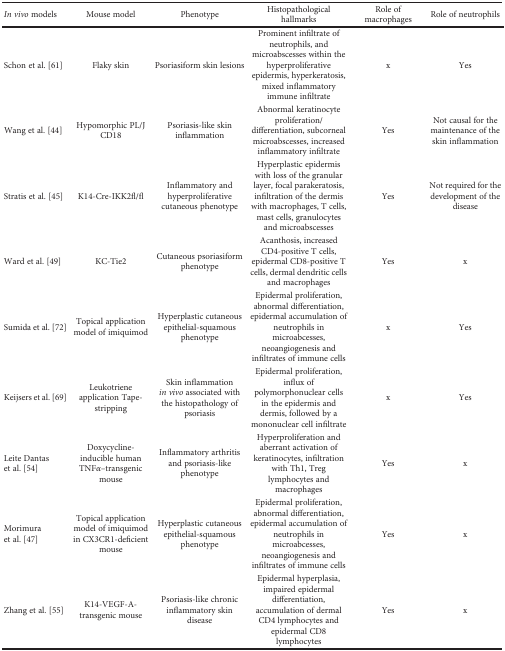
| In vivo models | Mouse model | Phenotype | Histopathological hallmarks | Role of macrophages | Role of neutrophils |
 | --- | --- | --- | --- | --- | --- |
 | Schon et al. [61] | Flaky skin | Psoriasiform skin lesions | Prominent infiltrate of neutrophils, and microabscesses within the hyperproliferative epidermis, hyperkeratosis, mixed inflammatory immune infiltrate | x | Yes |
 | Wang et al. [44] | Hypomorphic PL/J CD18 | Psoriasis-like skin inflammation | Abnormal keratinocyte proliferation/differentiation, subcorneal microabscesses, increased inflammatory infiltrate | Yes | Not causal for the maintenance of the skin inflammation |
 | Stratis et al. [45] | K14-Cre-IKK2fl/fl | Inflammatory and hyperproliferative cutaneous phenotype | Hyperplastic epidermis with loss of the granular layer, focal parakeratosis, infiltration of the dermis with macrophages, T cells, mast cells, granulocytes and microabscesses | Yes | Not required for the development of the disease |
 | Ward et al. [49] | KC-Tie2 | Cutaneous psoriasiform phenotype | Acanthosis, increased CD4-positive T cells, epidermal CD8-positive T cells, dermal dendritic cells and macrophages | Yes | x |
 | Sumida et al. [72] | Topical application model of imiquimod | Hyperplastic cutaneous epithelial-squamous phenotype | Epidermal proliferation, abnormal differentiation, epidermal accumulation of neutrophils in microabcesses, neoangiogenesis and infiltrates of immune cells | x | Yes |
 | Keijsers et al. [69] | Leukotriene application Tape-stripping | Skin inflammation in vivo associated with the histopathology of psoriasis | Epidermal proliferation, influx of polymorphonuclear cells in the epidermis and dermis, followed by a mononuclear cell infiltrate | x | Yes |
 | Leite Dantas et al. [54] | Doxycycline-inducible human TNFα–transgenic mouse | Inflammatory arthritis and psoriasis-like phenotype | Hyperproliferation and aberrant activation of keratinocytes, infiltration with Th1, Treg lymphocytes and macrophages | Yes | x |
 | Morimura et al. [47] | Topical application model of imiquimod in CX3CR1-deficient mouse | Hyperplastic cutaneous epithelial-squamous phenotype | Epidermal proliferation, abnormal differentiation, epidermal accumulation of neutrophils in microabcesses, neoangiogenesis and infiltrates of immune cells | Yes | x |
 | Zhang et al. [55] | K14-VEGF-A-transgenic mouse | Psoriasis-like chronic inflammatory skin disease | Epidermal hyperplasia, impaired epidermal differentiation, accumulation of dermal CD4 lymphocytes and epidermal CD8 lymphocytes | Yes | x |